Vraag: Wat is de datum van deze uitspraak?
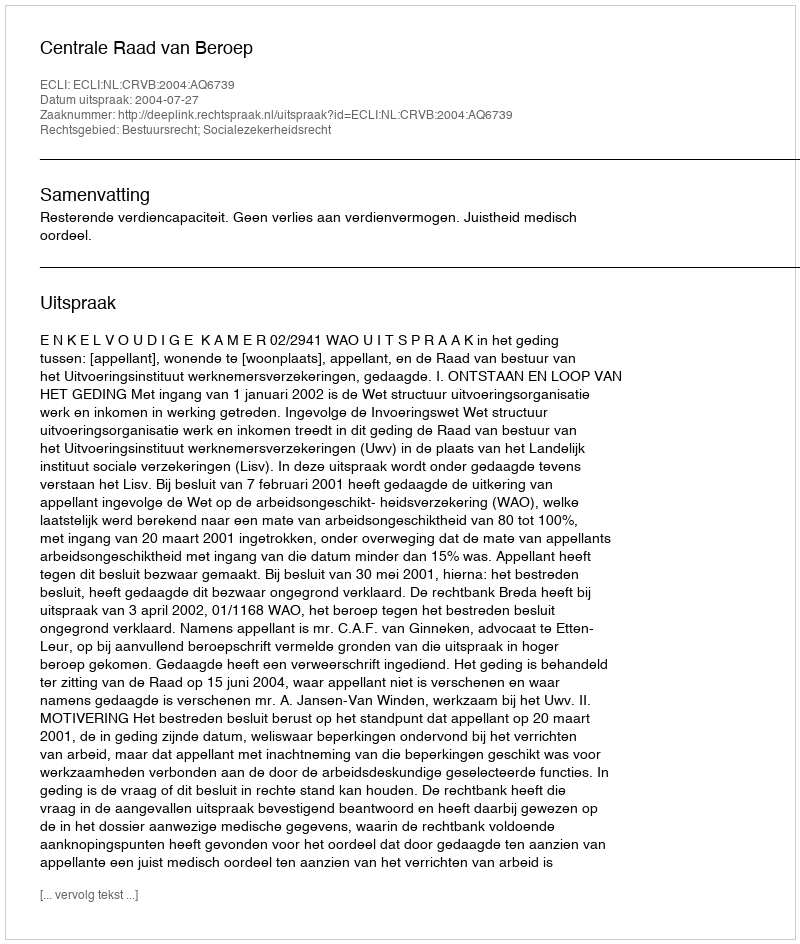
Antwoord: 2004-07-27